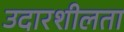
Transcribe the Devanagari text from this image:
उदारशीलता